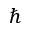
\hbar